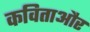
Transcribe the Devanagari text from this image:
कविताऔर